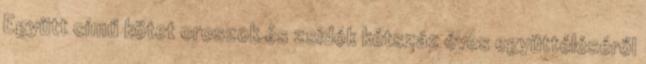
Együtt című kötet oroszok és zsidók kétszáz éves együttéléséről